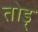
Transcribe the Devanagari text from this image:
तोड़्